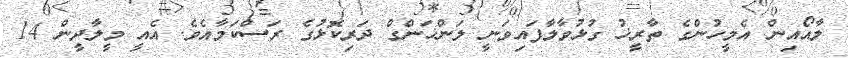
ލާއޯއިން އެމީހުންގެ ތާރީޚު ގުޅުވާލާފައިވަނީ ލަންޚަންގް ދަރިކޮޅުގެ ރަސްކަމާއެވެ. އެއީ މީލާދީން 14